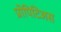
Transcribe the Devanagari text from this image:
प्रोपिटिअस